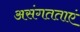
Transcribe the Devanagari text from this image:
असंगतताएं